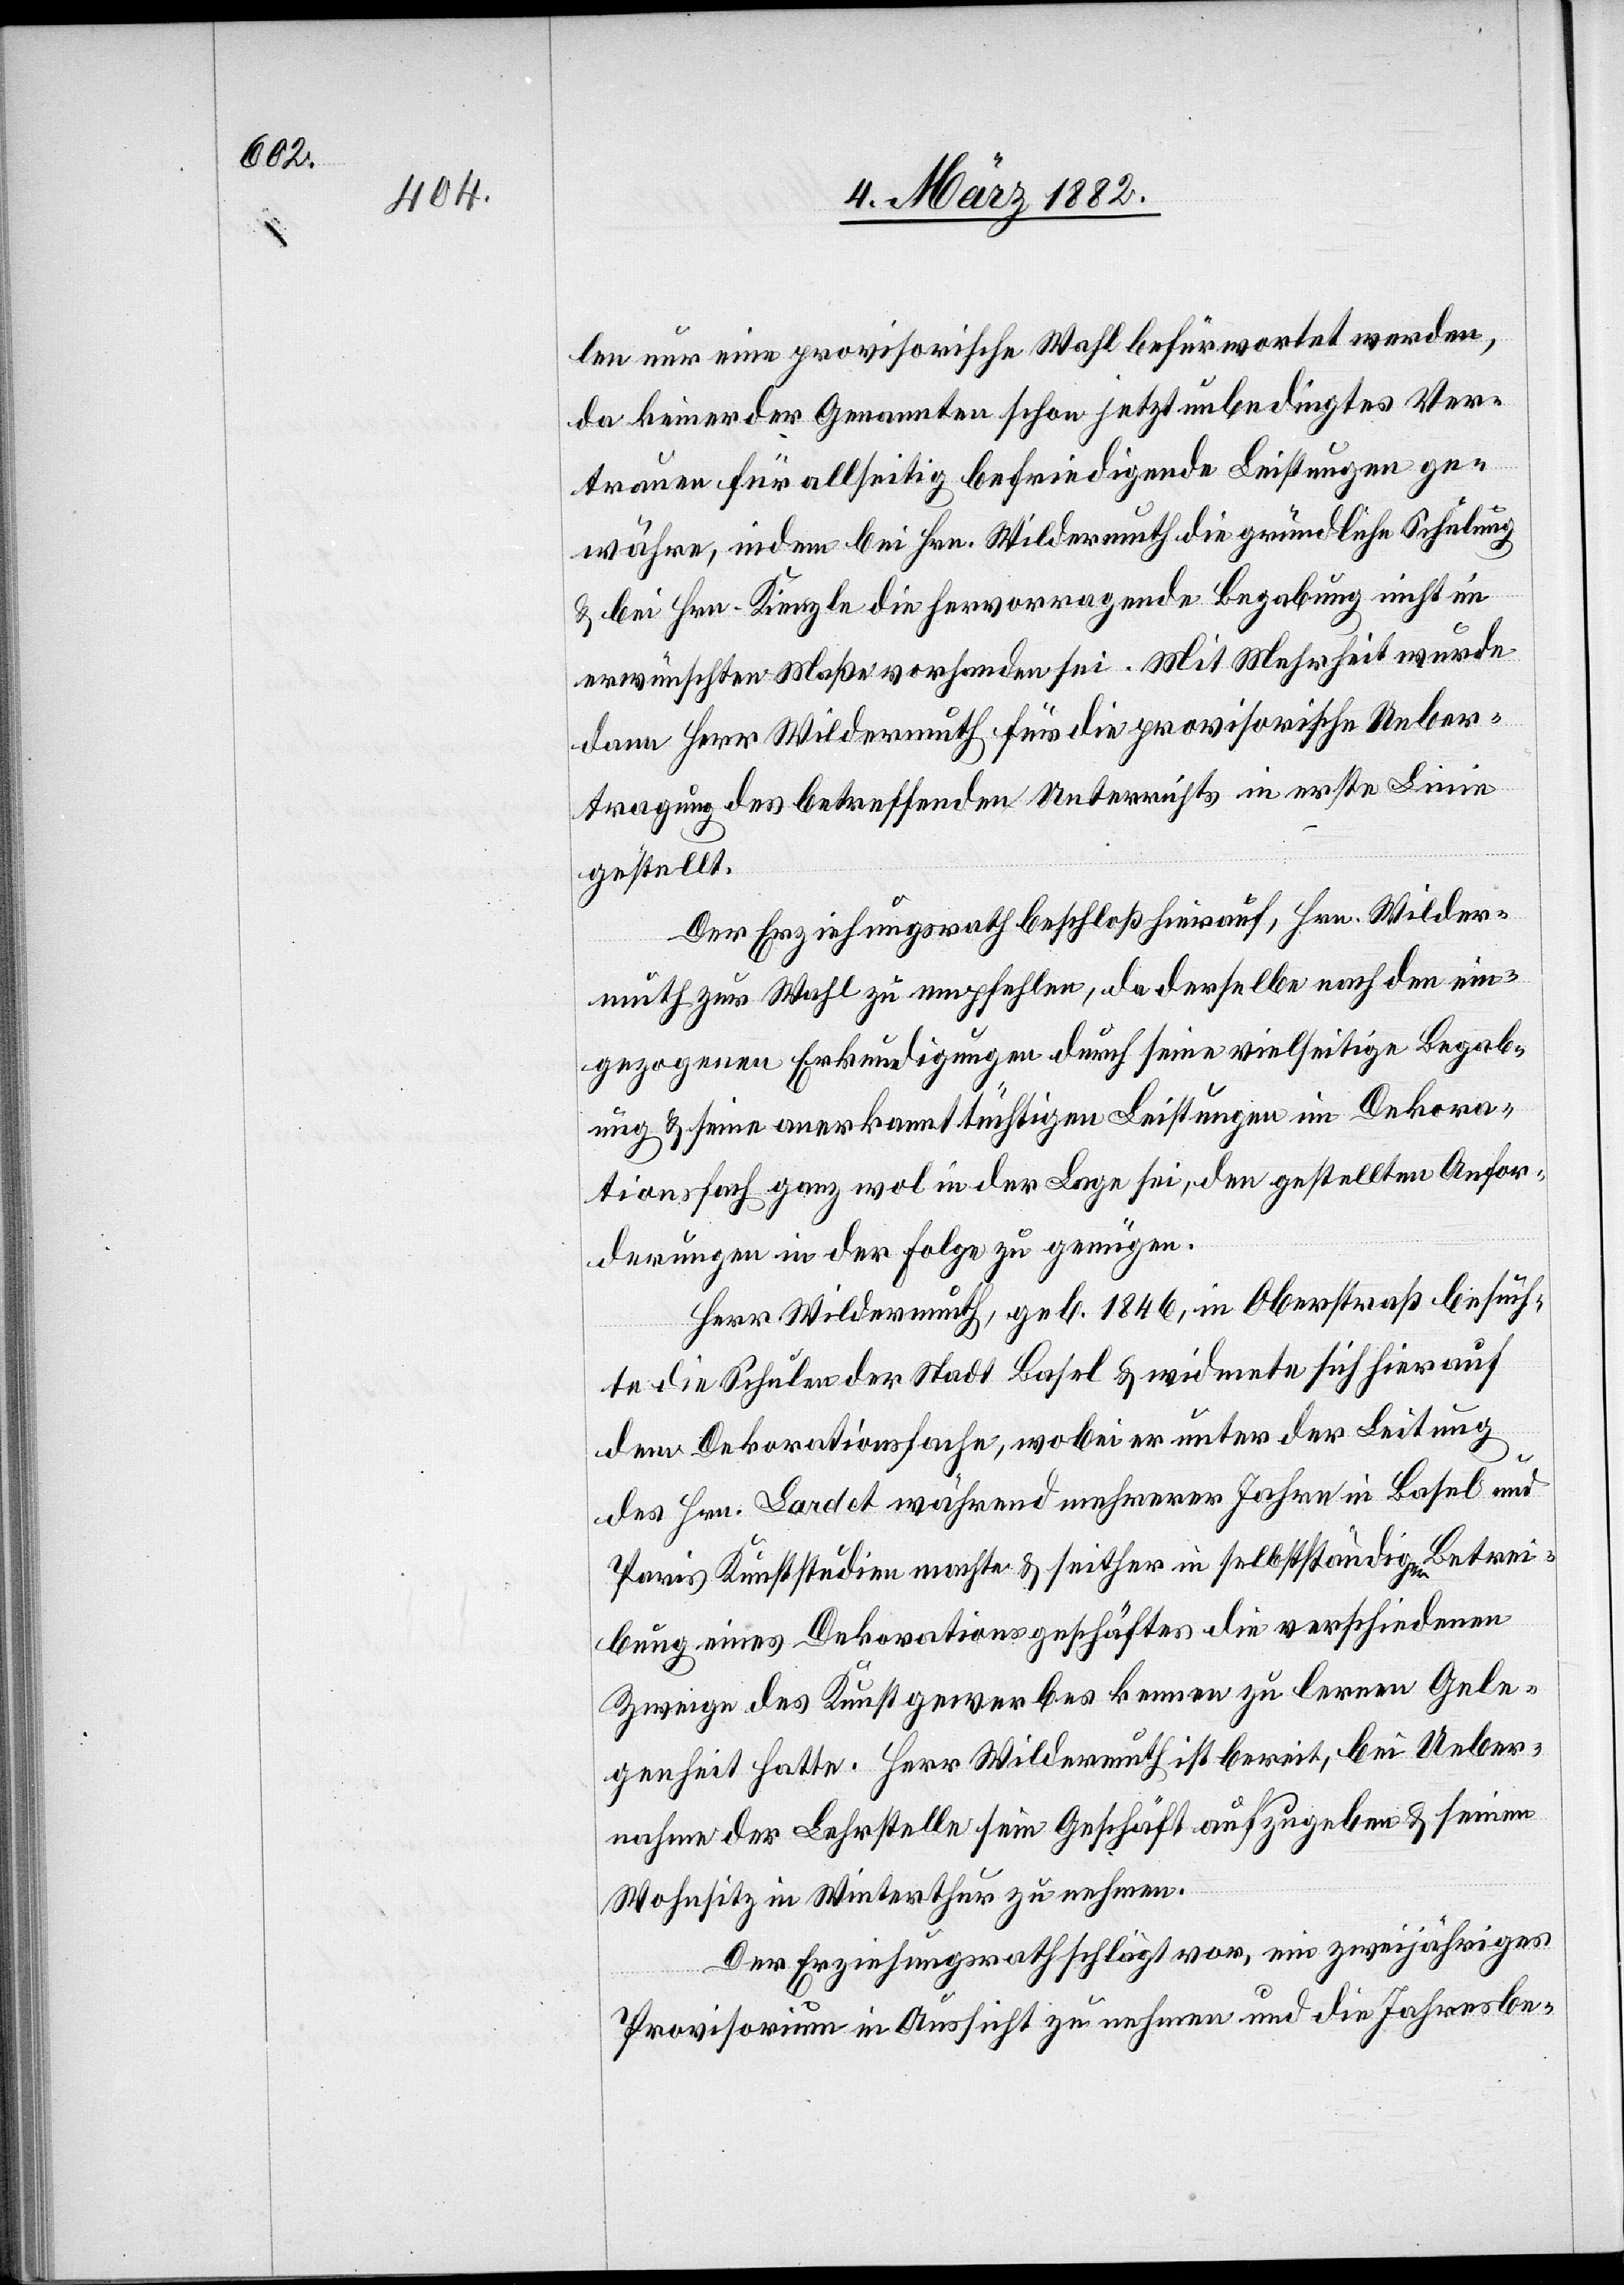
len nur eine provisorische Wahl befürwortet werden,
da keiner der Genannten schon jetzt unbedingtes Ver¬
trauen für allseitig befriedigende Leistungen ge¬
währe, indem bei Hrn. Wildermuth die gründliche Schulung
& bei Hrn. Kienzle die hervorragende Begabung nicht im
erwünschten Maße vorhanden sei. Mit Mehrheit wurde
dann Herr Wildermuth für die provisorische Ueber¬
tragung des betreffenden Unterrichts in erster Linie
gestellt.
Der Erziehungsrath beschloß hierauf, Hrn. Wilder¬
muth zur Wahl zu empfehlen, da derselbe nach den ein¬
gezogenen Erkundigungen durch seine vielseitige Begab¬
ung & seine anerkannt tüchtigen Leistungen im Dekora¬
tionsfach ganz wol in der Lage sei, den gestellten Anfor¬
derungen in der Folge zu genügen.
Herr Wildermuth, geb. 1846, in Oberstraß besuch¬
te die Schule der Stadt Basel & widmete sich hierauf
dem Dekorationsfache, wobei er unter der Leitung
des Hrn. Lardot während mehreren Jahren in Basel und
Paris Kunststudien machte & seither in selbstständigen Betrei¬
bung eines Dekorationsgeschäftes die verschiedenen
Zweige des Kunstgewerbes kennen zu lernen Gele¬
genheit hatte. Herr Wildermuth ist bereit, bei Ueber¬
nahme der Lehrstelle sein Geschäft aufzugeben & seinen
Wohnsitz in Winterthur zu nehmen.
Der Erziehungsrath schlägt vor, ein zweijähriges
Provisorium in Aussicht zu nehmen und die Jahresbe-